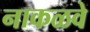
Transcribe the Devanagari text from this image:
नाकळवे